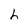
Character: h